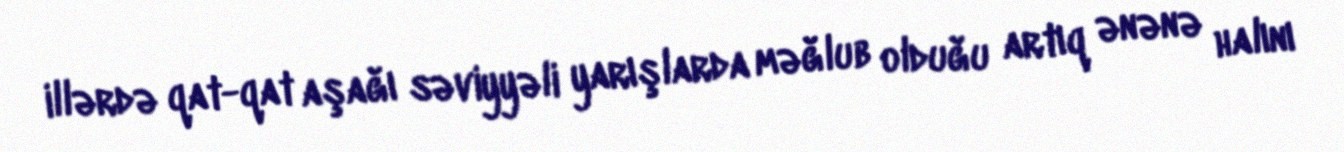
illərdə qat-qat aşağı səviyyəli yarışlarda məğlub olduğu artıq ənənə halını